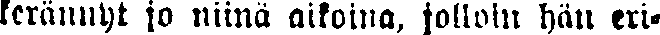
kerännyt jo niinä aikoina, jolloin hän eri-